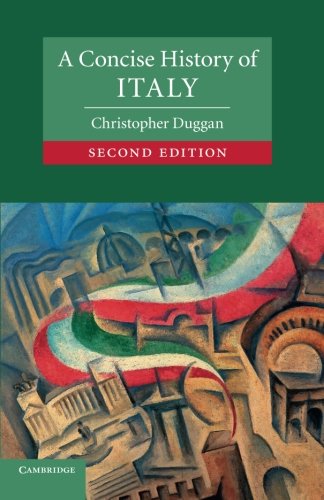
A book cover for A Concise History of Italy (Cambridge Concise Histories); Christopher Duggan; History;